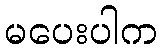
မပေးပါက